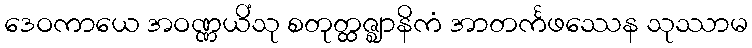
ဒေဝကာယေ အဝဏ္ဏယိံသု စတုတ္ထဇ္ဈာနိကံ အာတင်္ကဖဿေန သုဿာမ